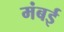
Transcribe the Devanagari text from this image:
मंबई